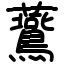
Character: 鷰